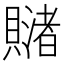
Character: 𧸓